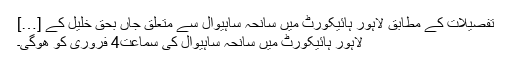
تفصیلات کے مطابق لاہور ہائیکورٹ میں سانحہ ساہیوال سے متعلق جاں بحق خلیل کے […]
لاہور ہائیکورٹ میں سانحہ ساہیوال کی سماعت4 فروری کو ھوگی۔